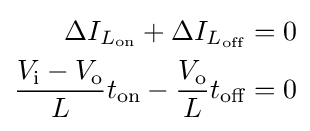
{\begin{aligned}\Delta I_{L_{\text{on}}}+\Delta I_{L_{\text{off}}}&=0\\{\frac {V_{\text{i}}-V_{\text{o}}}{L}}t_{\text{on}}-{\frac {V_{\text{o}}}{L}}t_{\text{off}}&=0\end{aligned}}